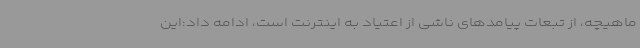
ماهیچه، از تبعات پیامدهای ناشی از اعتیاد به اینترنت است، ادامه داد:این